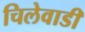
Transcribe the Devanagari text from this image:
चिलेवाडी